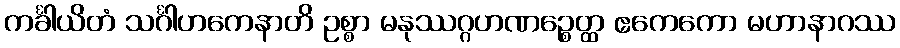
ကင်္ခါယိတံ သင်္ဂါဟကေနာတိ ဥစ္စာ မနုဿဂ္ဂဟဏဉ္စေတ္ထ ဧကေကော မဟာနာဂဿ